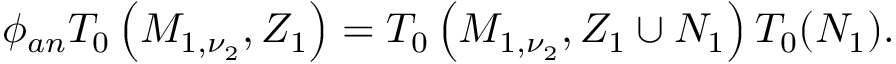
\phi _ { a n } T _ { 0 } \left( M _ { 1 , \nu _ { 2 } } , Z _ { 1 } \right) = T _ { 0 } \left( M _ { 1 , \nu _ { 2 } } , Z _ { 1 } \cup N _ { 1 } \right) T _ { 0 } ( N _ { 1 } ) .